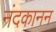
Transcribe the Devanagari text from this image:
नंदकानन